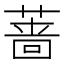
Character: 蔷